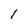
Character: l